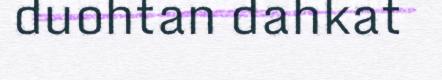
duohtan dahkat